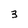
Character: 3